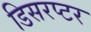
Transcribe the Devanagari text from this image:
डिसरप्टर